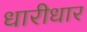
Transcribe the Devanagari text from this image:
धारीधार